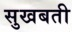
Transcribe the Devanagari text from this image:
सुखबती